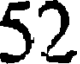
52